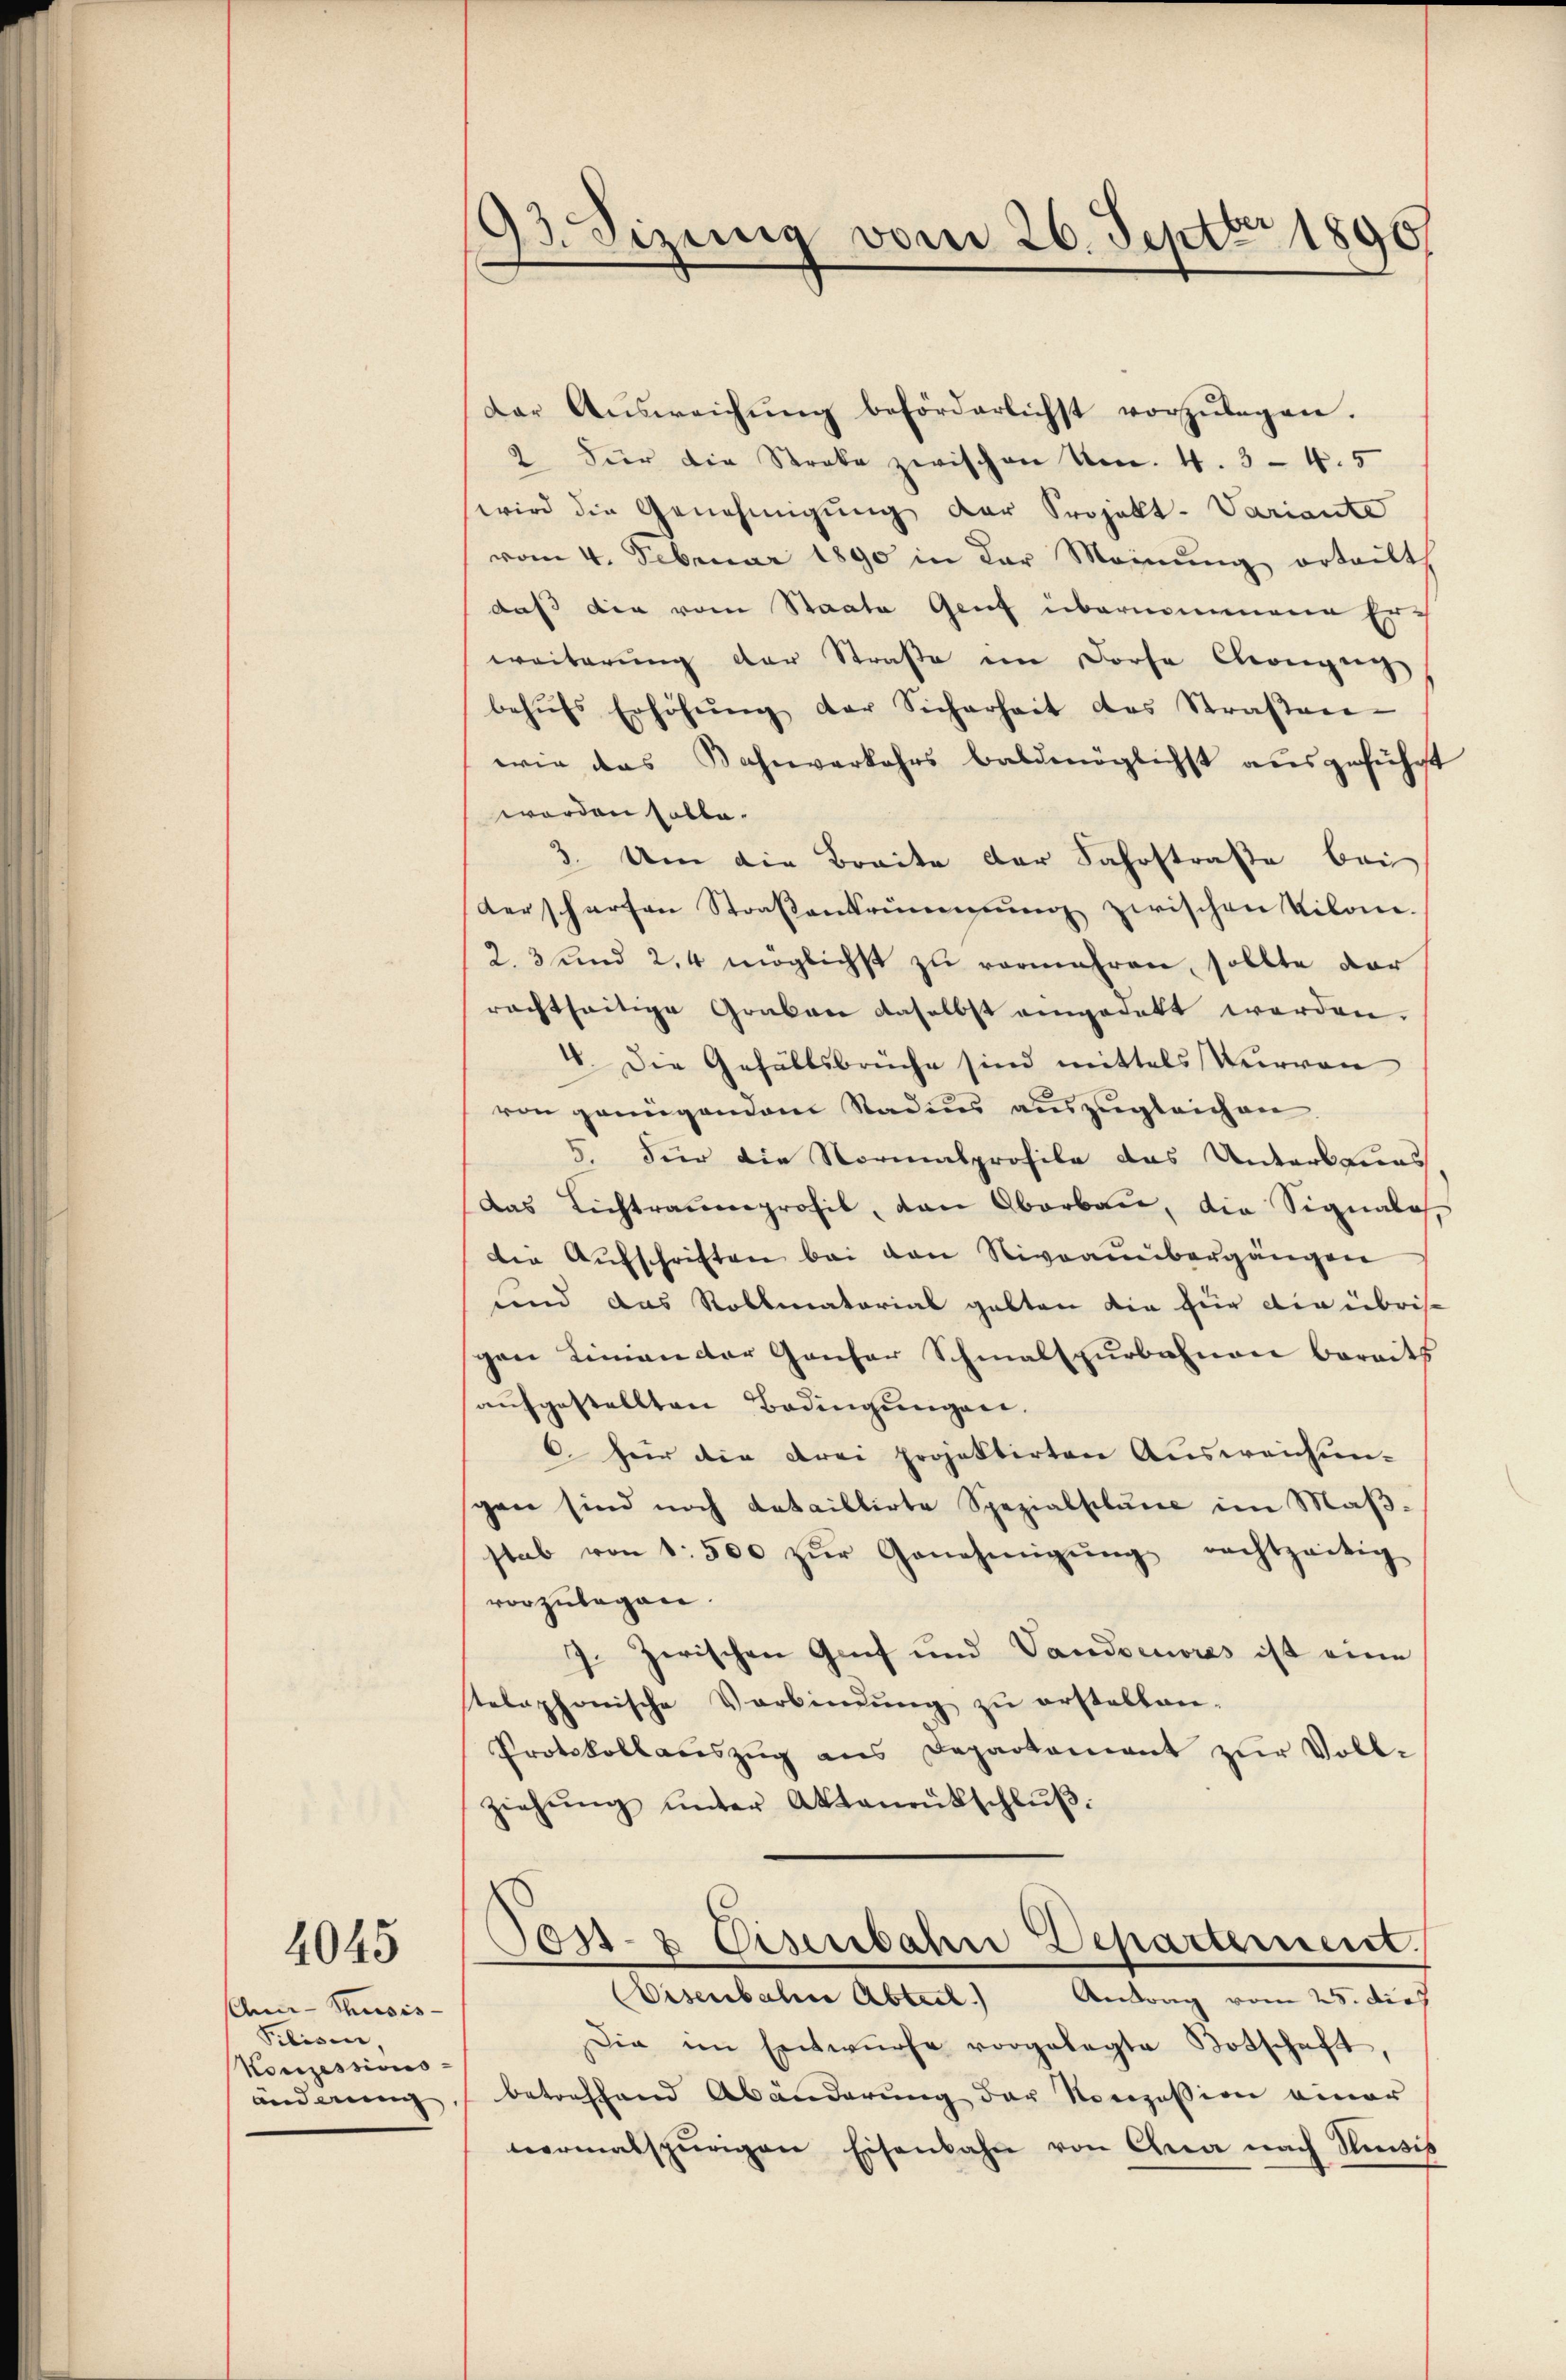
4045

An-Thusis
Pibisen
Konzessions-

93. Sizung vom 26. Septbr 1890

Dar Aŭsweichŭng beförderlichst vorzŭlegen.
2 Für die Streke zwischen Nr. 4. 3-4.5
wird die Genehmigung der Projekt-Variante
vom 4. Februar 1890 in der Meinŭng erteilt,
daß die vom Staate Genf übernommene Er
weiterung der Straße im Dorfe Choigeig
behŭfs Erhöhŭng der Sicherheit des Straβen-
wie das Bahnverkehrs baldmöglichst ausgeführt
worden hatte.
3. Um die Breite der Fahrstraße bei
derscharfen Straßenbrennung zwischen Kilon.
2. 3 und 2,4 möglichst zu vermehren, sollte dar
rachtseitige Graben daselbst angedekt werden.
V. Die Gefällsbrüche sind mittels Vervon
von genügendem Staden auszugleichen
5. Für die Normalprofile das Unters Leas
Das Lichtraumprofil, den Oberbau, die Signales,
die Aŭfschriften bei den Niveaubergängen
und das Rollmatorial gabten die für die übris
spon Linien der Gansor Schmalspurbahnen bereits
aŭfgestellten Bedingungen.
6. für die drei Projektirten Ausweichun-
gen sind noch dataillirte Spezialstung im Maßstab von 1500 zŭr Genehmigŭng rechtzeitig
vorzulegen.
7. Zerischen Genf und Vandoeuvres ist eine
telephonische Verbindŭng zŭ erstellen.
Protokollaŭszŭg ans Departement zŭr Vollziehŭng ŭnter Aktamütschlŭβ:
Fst- & Eisenbahn Departement.
Eisenbahn Abteil) Antrag vom 25. dies
Die im Entwürfe vorgelegte Botschaft
änderung betreffend Abänderŭng der Norozession einer
normalspurigen Eisenbahn von Ana nach Umisis